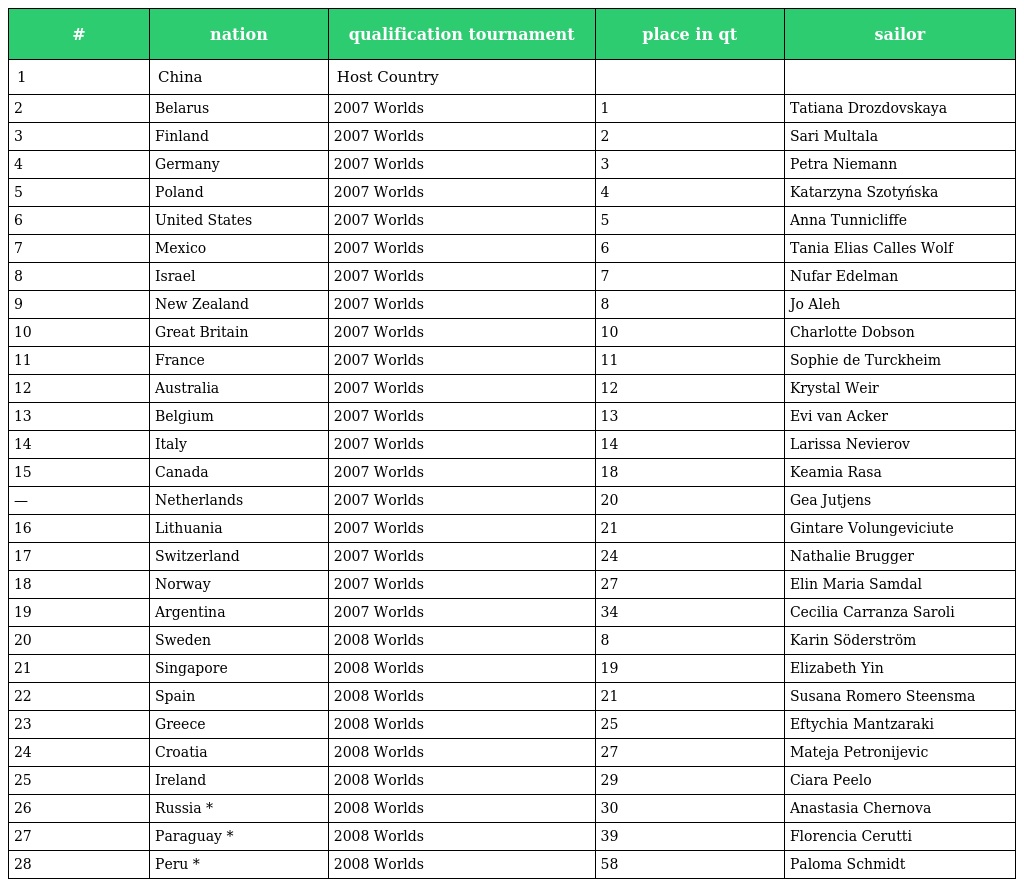
| # | nation | qualification tournament | place in qt | sailor |
 | --- | --- | --- | --- | --- |
 | 1 | China | Host Country |  |  |
 | 2 | Belarus | 2007 Worlds | 1 | Tatiana Drozdovskaya |
 | 3 | Finland | 2007 Worlds | 2 | Sari Multala |
 | 4 | Germany | 2007 Worlds | 3 | Petra Niemann |
 | 5 | Poland | 2007 Worlds | 4 | Katarzyna Szotyńska |
 | 6 | United States | 2007 Worlds | 5 | Anna Tunnicliffe |
 | 7 | Mexico | 2007 Worlds | 6 | Tania Elias Calles Wolf |
 | 8 | Israel | 2007 Worlds | 7 | Nufar Edelman |
 | 9 | New Zealand | 2007 Worlds | 8 | Jo Aleh |
 | 10 | Great Britain | 2007 Worlds | 10 | Charlotte Dobson |
 | 11 | France | 2007 Worlds | 11 | Sophie de Turckheim |
 | 12 | Australia | 2007 Worlds | 12 | Krystal Weir |
 | 13 | Belgium | 2007 Worlds | 13 | Evi van Acker |
 | 14 | Italy | 2007 Worlds | 14 | Larissa Nevierov |
 | 15 | Canada | 2007 Worlds | 18 | Keamia Rasa |
 | — | Netherlands | 2007 Worlds | 20 | Gea Jutjens |
 | 16 | Lithuania | 2007 Worlds | 21 | Gintare Volungeviciute |
 | 17 | Switzerland | 2007 Worlds | 24 | Nathalie Brugger |
 | 18 | Norway | 2007 Worlds | 27 | Elin Maria Samdal |
 | 19 | Argentina | 2007 Worlds | 34 | Cecilia Carranza Saroli |
 | 20 | Sweden | 2008 Worlds | 8 | Karin Söderström |
 | 21 | Singapore | 2008 Worlds | 19 | Elizabeth Yin |
 | 22 | Spain | 2008 Worlds | 21 | Susana Romero Steensma |
 | 23 | Greece | 2008 Worlds | 25 | Eftychia Mantzaraki |
 | 24 | Croatia | 2008 Worlds | 27 | Mateja Petronijevic |
 | 25 | Ireland | 2008 Worlds | 29 | Ciara Peelo |
 | 26 | Russia * | 2008 Worlds | 30 | Anastasia Chernova |
 | 27 | Paraguay * | 2008 Worlds | 39 | Florencia Cerutti |
 | 28 | Peru * | 2008 Worlds | 58 | Paloma Schmidt |